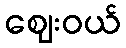
ဈေးဝယ်